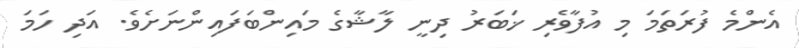
އެންމެ ފުރަތަމަ މި އުފާވެރި ޚަބަރު ދިނީ ލާޝާގެ މައިންބަފައިންނަށެވެ. އަދި ހަމަ